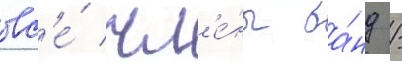
вс'е́ чл'е́ны ба́нд /